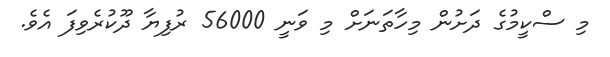
މި ސްކީމުގެ ދަށުން މިހާތަނަށް މި ވަނީ 56000 ރުފިޔާ ދޫކުރެވިފަ އެވެ.